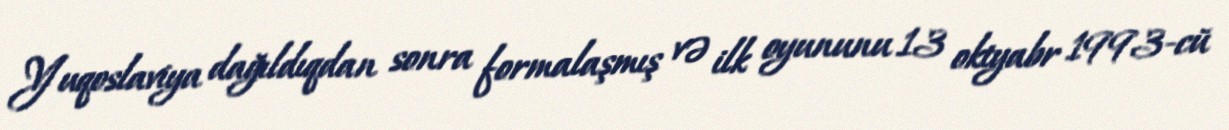
Yuqoslaviya dağıldıqdan sonra formalaşmış və ilk oyununu 13 oktyabr 1993-cü